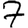
Digit: 7